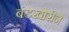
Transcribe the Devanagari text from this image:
बंडखोरीने